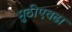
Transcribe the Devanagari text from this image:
मुठीएवढा